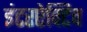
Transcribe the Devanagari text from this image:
इंटरऐक्टिव